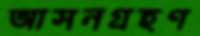
আসনগ্রহণ